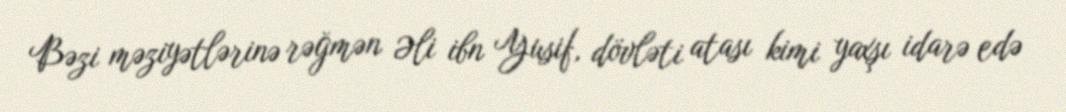
Bəzi məziyətlərinə rəğmən Əli ibn Yusif, dövləti atası kimi yaxşı idarə edə